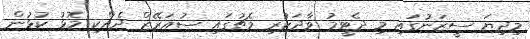
މިދިޔަ ސީޒަނުގައި މި ދެޓީމު ވާދަކުރި މެޗުގައި ސުއަރޭޒް ދެއްކި މޮޅު ކުޅުން